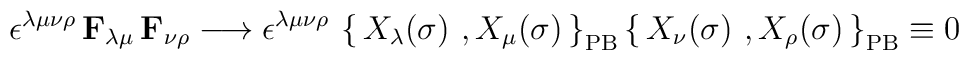
\epsilon^{\lambda\mu\nu\rho}\, \mathbf{F}_{\lambda\mu}\, \mathbf{F}_{\nu\rho}\longrightarrow \epsilon^{\lambda\mu\nu\rho}\,\left\{\,  X_\lambda(\sigma)\ , X_\mu(\sigma)\,\right\}_{\mathrm{PB}}\left\{\,  X_\nu(\sigma)\ , X_\rho(\sigma)\,\right\}_{\mathrm{PB}}\equiv 0